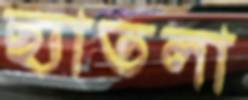
ছ্যাতলা